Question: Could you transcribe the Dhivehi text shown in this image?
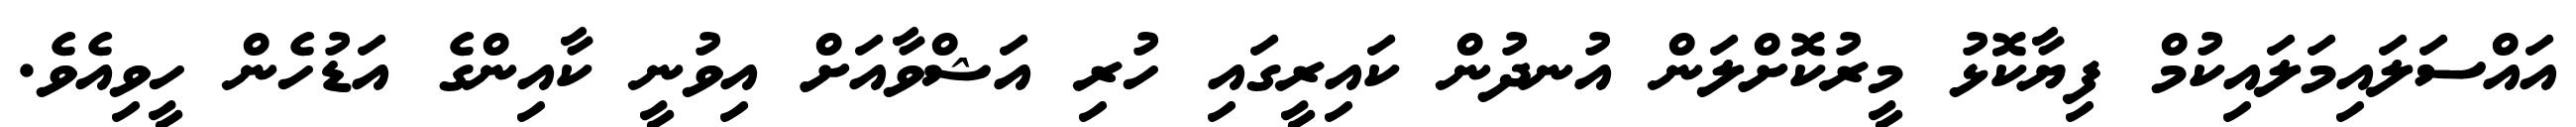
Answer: އައްސަލައިމަލައިކުމް ފިޔާކޮޅު މީރުކޮށްލަން އުނދުން ކައިރީގައި ހުރި އަޝްވާއަށް އިވުނީ ކާއިންގެ އަޑުހެން ހީވިއެވެ.